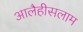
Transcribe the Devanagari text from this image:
आलैहीसलाम